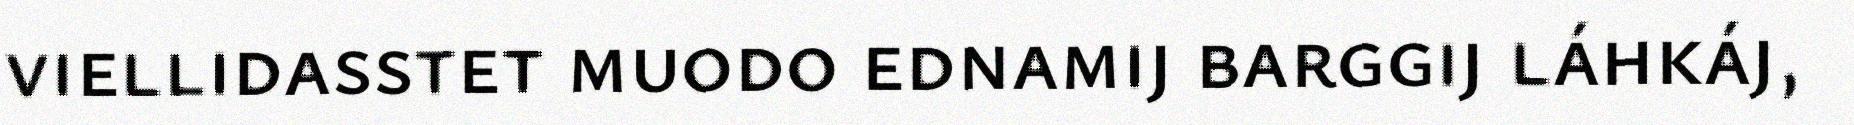
viellidasstet muodo ednamij barggij láhkáj,